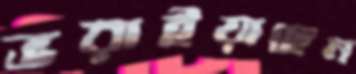
ভরাইয়াছেন